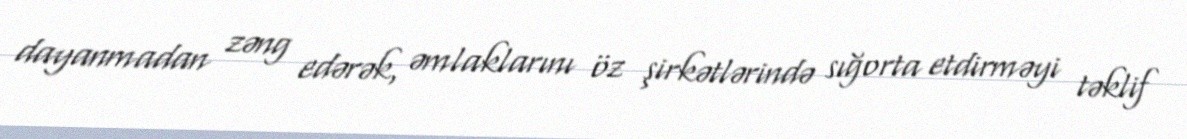
dayanmadan zəng edərək, əmlaklarını öz şirkətlərində sığorta etdirməyi təklif